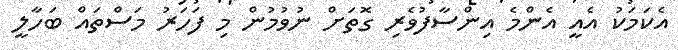
އެކަމަކު އެއީ އެންމެ އިންސާފުވެރި ގޮތަށް ނުވުމުން މި ފަހަރު މަސްތައް ބަހާލީ